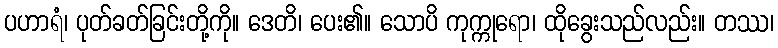
ပဟာရံ၊ ပုတ်ခတ်ခြင်းတို့ကို။ ဒေတိ၊ ပေး၏။ သောပိ ကုက္ကုရော၊ ထိုခွေးသည်လည်း။ တဿ၊